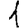
Digit: 1